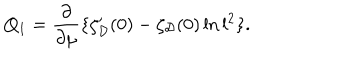
Q _ { 1 } = \frac { \partial } { \partial \mu } \{ \zeta _ { \cal D } ^ { \prime } ( 0 ) - \zeta _ { \cal D } ( 0 ) \ln l ^ { 2 } \} .